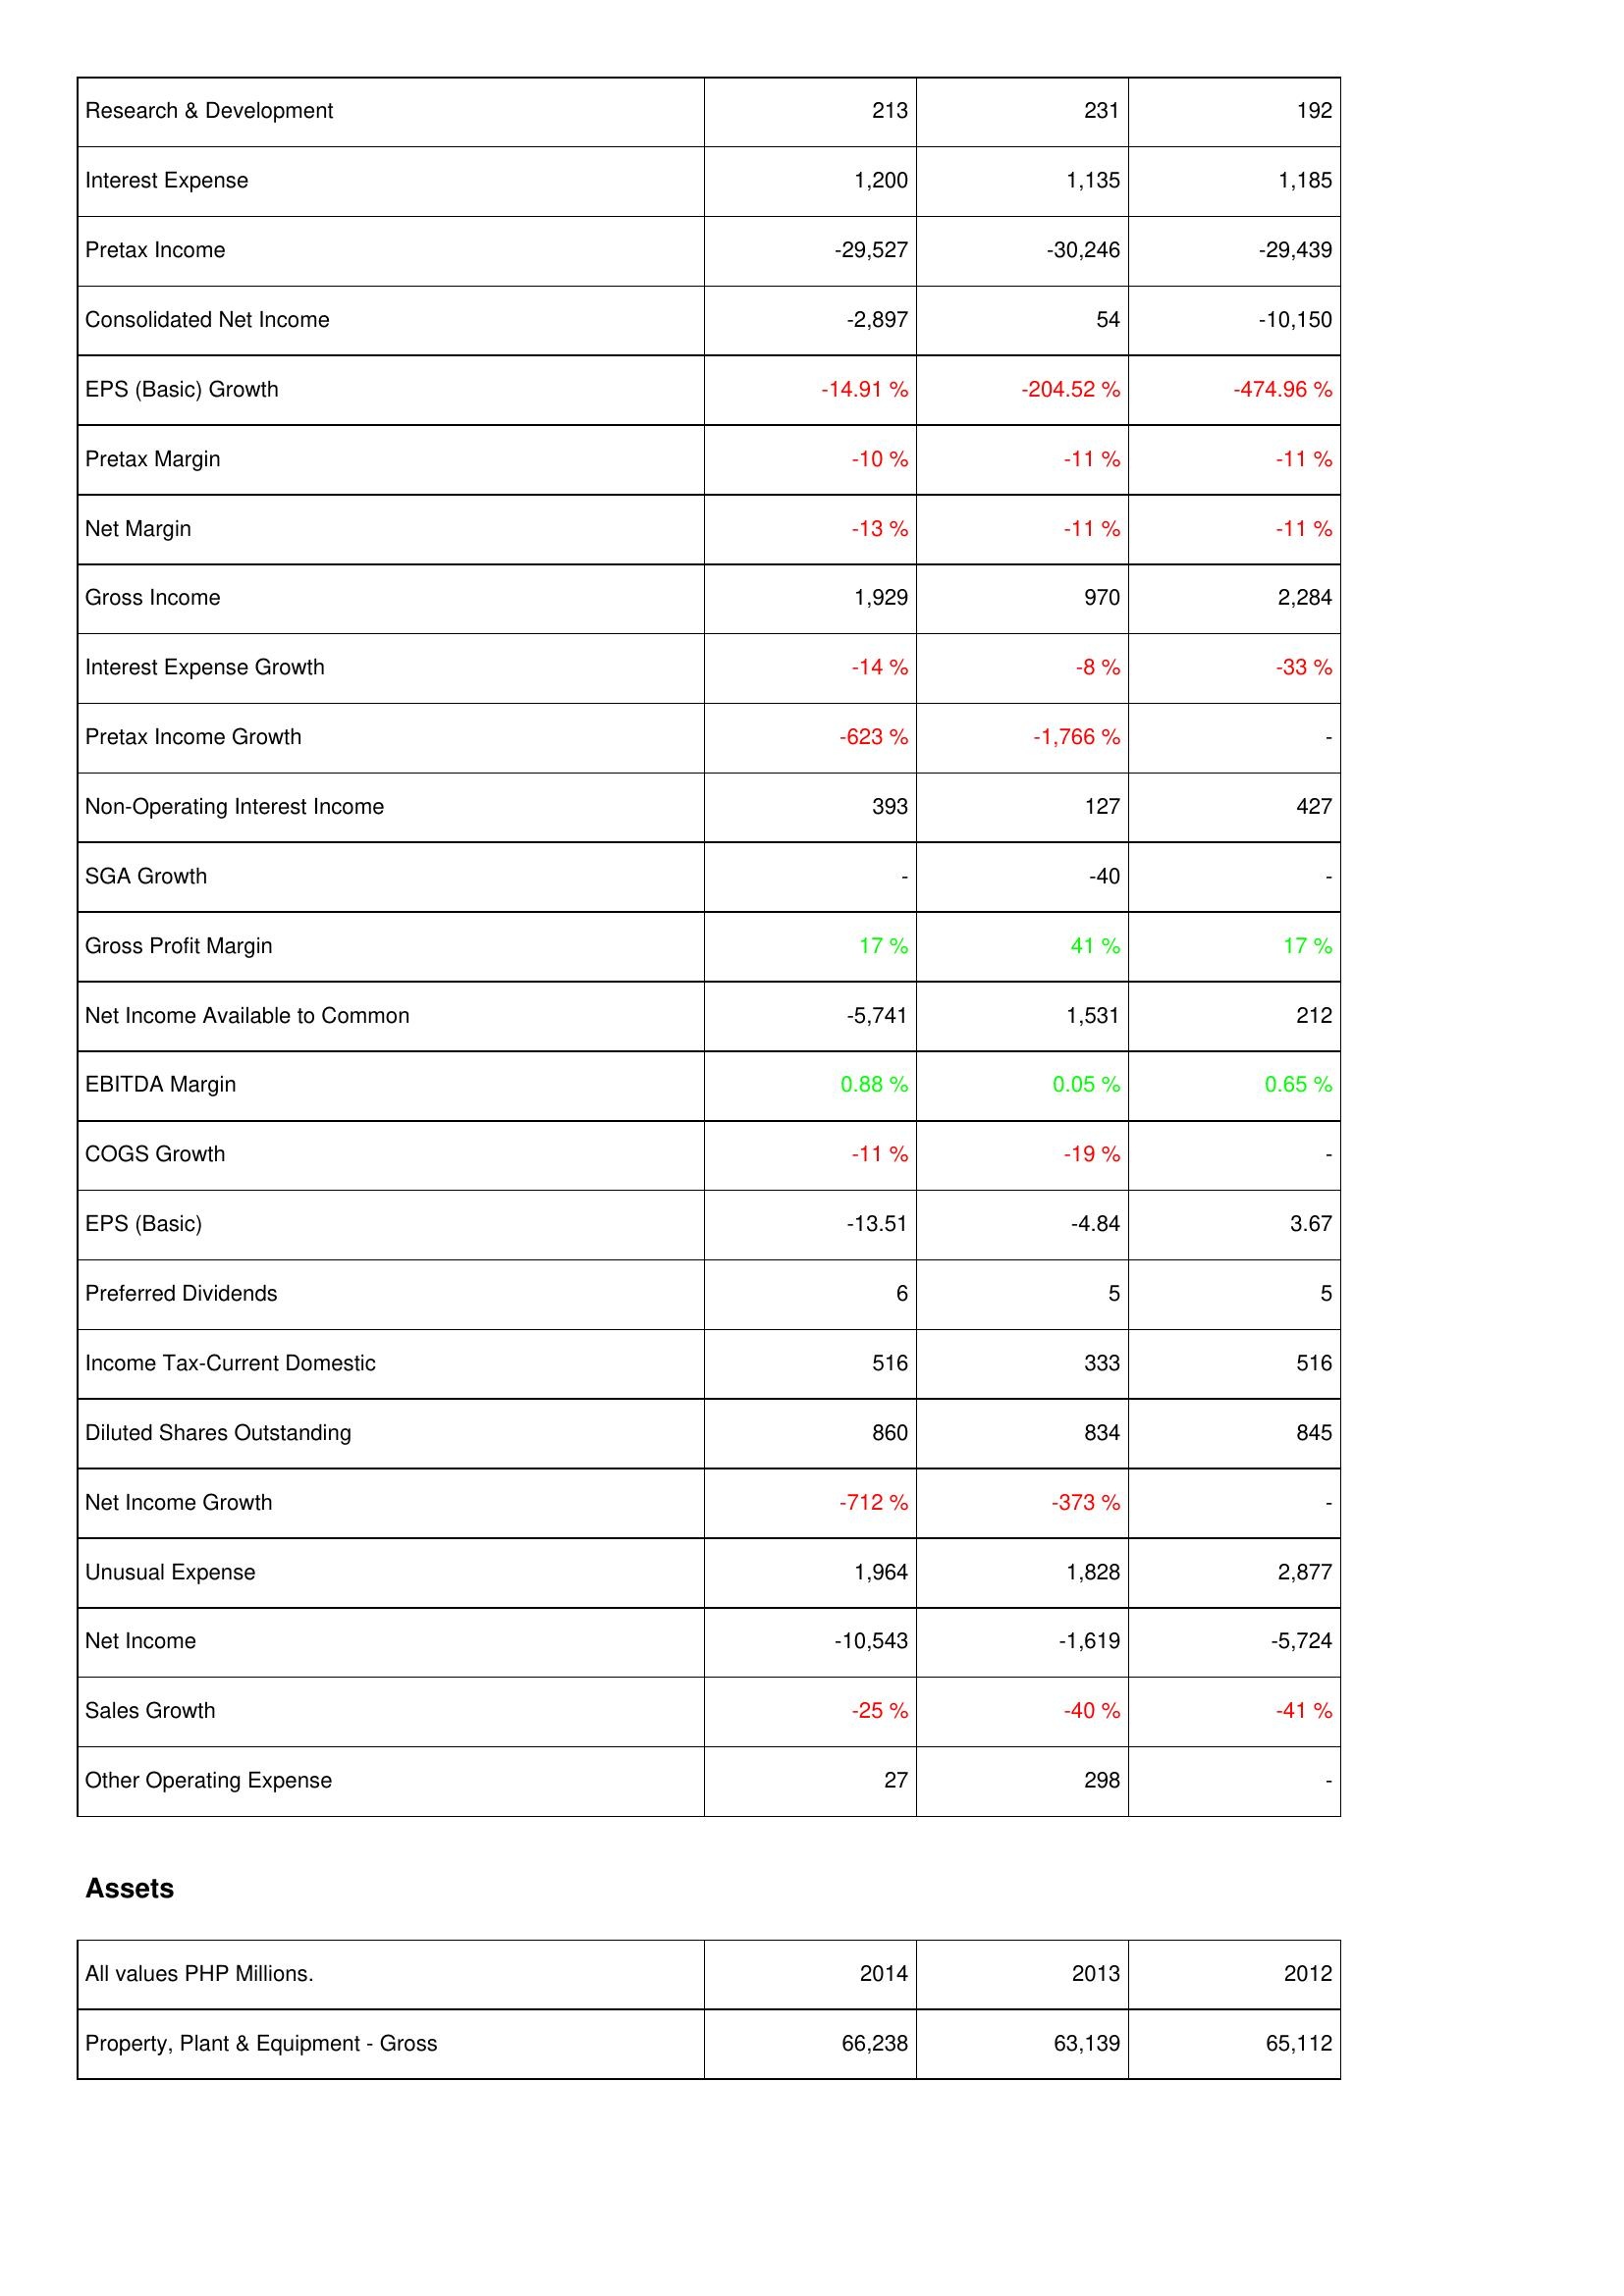
2014: Income Statement: Research & Development: 213
Interest Expense: 1,200
Pretax Income: -29,527
Consolidated Net Income: -2,897
EPS (Basic) Growth: -14.91 %
Pretax Margin: -10 %
Net Margin: -13 %
Gross Income: 1,929
Interest Expense Growth: -14 %
Pretax Income Growth: -623 %
Non-Operating Interest Income: 393
SGA Growth: -
Gross Profit Margin: 17 %
Net Income Available to Common: -5,741
EBITDA Margin: 0.88 %
COGS Growth: -11 %
EPS (Basic): -13.51
Preferred Dividends: 6
Income Tax-Current Domestic: 516
Diluted Shares Outstanding: 860
Net Income Growth: -712 %
Unusual Expense: 1,964
Net Income: -10,543
Sales Growth: -25 %
Other Operating Expense: 27
Assets: Property, Plant & Equipment - Gross: 66,238
2013: Income Statement: Research & Development: 231
Interest Expense: 1,135
Pretax Income: -30,246
Consolidated Net Income: 54
EPS (Basic) Growth: -204.52 %
Pretax Margin: -11 %
Net Margin: -11 %
Gross Income: 970
Interest Expense Growth: -8 %
Pretax Income Growth: -1,766 %
Non-Operating Interest Income: 127
SGA Growth: -40
Gross Profit Margin: 41 %
Net Income Available to Common: 1,531
EBITDA Margin: 0.05 %
COGS Growth: -19 %
EPS (Basic): -4.84
Preferred Dividends: 5
Income Tax-Current Domestic: 333
Diluted Shares Outstanding: 834
Net Income Growth: -373 %
Unusual Expense: 1,828
Net Income: -1,619
Sales Growth: -40 %
Other Operating Expense: 298
Assets: Property, Plant & Equipment - Gross: 63,139
2012: Income Statement: Research & Development: 192
Interest Expense: 1,185
Pretax Income: -29,439
Consolidated Net Income: -10,150
EPS (Basic) Growth: -474.96 %
Pretax Margin: -11 %
Net Margin: -11 %
Gross Income: 2,284
Interest Expense Growth: -33 %
Pretax Income Growth: -
Non-Operating Interest Income: 427
SGA Growth: -
Gross Profit Margin: 17 %
Net Income Available to Common: 212
EBITDA Margin: 0.65 %
COGS Growth: -
EPS (Basic): 3.67
Preferred Dividends: 5
Income Tax-Current Domestic: 516
Diluted Shares Outstanding: 845
Net Income Growth: -
Unusual Expense: 2,877
Net Income: -5,724
Sales Growth: -41 %
Other Operating Expense: -
Assets: Property, Plant & Equipment - Gross: 65,112